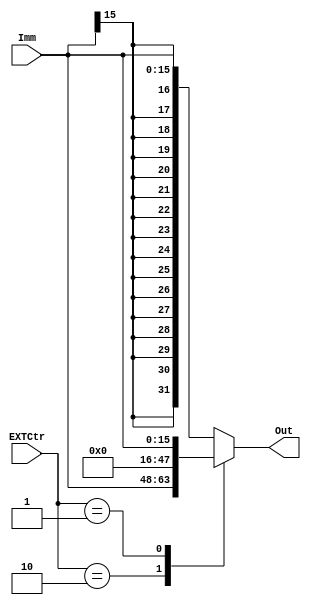
`timescale 1ns / 1ps
//////////////////////////////////////////////////////////////////////////////////
// Company: 
// Engineer: 
// 
// Design Name: 
// Module Name:    EXT 
// Project Name: 
// Target Devices: 
// Tool versions: 
// Description: 
//
// Dependencies: 
//
// Revision: 
// Revision 0.01 - File Created
// Additional Comments: 
//
//////////////////////////////////////////////////////////////////////////////////
module EXT(
    input [15:0] Imm,
    input [1:0] EXTCtr,
    output [31:0] Out
    );
	 
	 reg [31:0] OutReg = 32'b0;
	 
	 assign Out = OutReg;
	 
	 localparam ZERO = 2'b01;
	 localparam LOW = 2'b10;
	 
	 always @* begin
	     case (EXTCtr)
				LOW : OutReg <= {Imm, 16'b0};
				ZERO : OutReg <= {16'b0, Imm};
		      default /*SIGNED*/ : OutReg <= {{16{Imm[15]}}, Imm};
		  endcase
	 end
endmodule